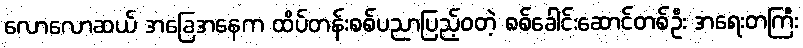
လောလောဆယ် အခြေအနေက ထိပ်တန်းစစ်ပညာပြည့်ဝတဲ့ စစ်ခေါင်းဆောင်တစ်ဦး အရေးတကြီး